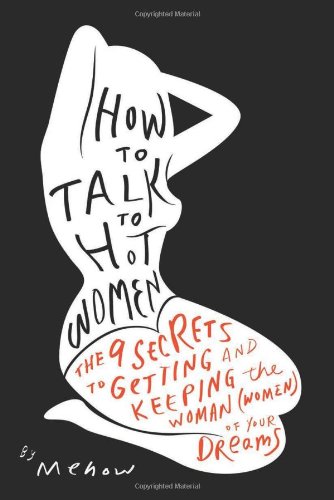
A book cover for How to Talk to Hot Women: The 9 Secrets to Getting and Keeping the Woman (Women) of Your Dreams; Mehow; Self-Help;